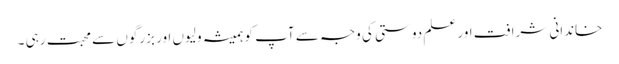
خاندانی شرافت اور علم دوستی کی وجہ سے آپ کو ہمیشہ ولیوں اور بزرگوں سے محبت رہی ۔